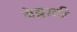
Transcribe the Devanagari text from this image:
बेट्टाटी